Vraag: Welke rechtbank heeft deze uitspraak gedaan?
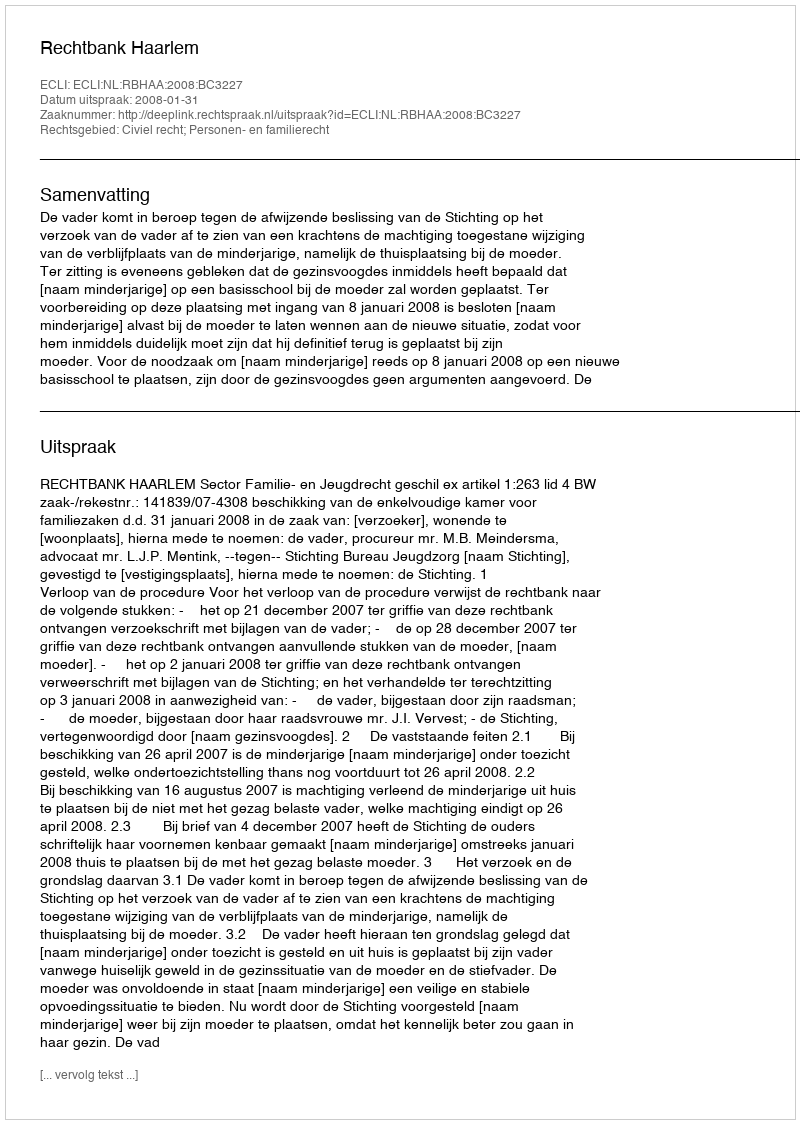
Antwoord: Rechtbank Haarlem